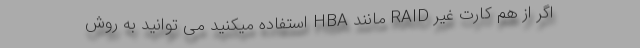
اگر از هم کارت غیر RAID مانند HBA استفاده میکنید می توانید به روش